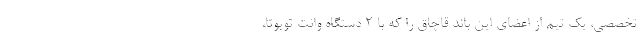
تخصصی، یک تیم از اعضای این باند قاچاق را که با 2 دستگاه وانت تویوتا،